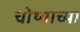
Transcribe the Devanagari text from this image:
चोथ्याच्या